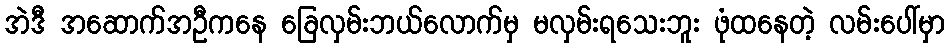
အဲဒီ အဆောက်အဦကနေ ခြေလှမ်းဘယ်လောက်မှ မလှမ်းရသေးဘူး ဖုံထနေတဲ့ လမ်းပေါ်မှာ